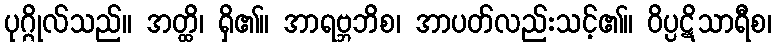
ပုဂ္ဂိုလ်သည်။ အတ္ထိ၊ ရှိ၏။ အာရဗ္ဘဘိစ၊ အာပတ်လည်းသင့်၏။ ဝိပ္ပဋိသာရီစ၊